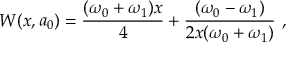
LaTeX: W ( x , a _ { 0 } ) = \frac { ( \omega _ { 0 } + \omega _ { 1 } ) x } { 4 } + \frac { ( \omega _ { 0 } - \omega _ { 1 } ) } { 2 x ( \omega _ { 0 } + \omega _ { 1 } ) } ~ ,